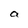
Character: a